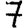
Digit: 7